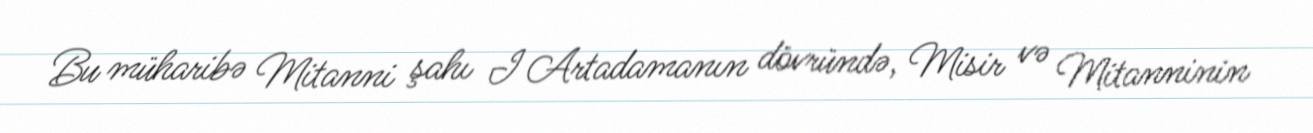
Bu müharibə Mitanni şahı I Artadamanın dövründə, Misir və Mitanninin